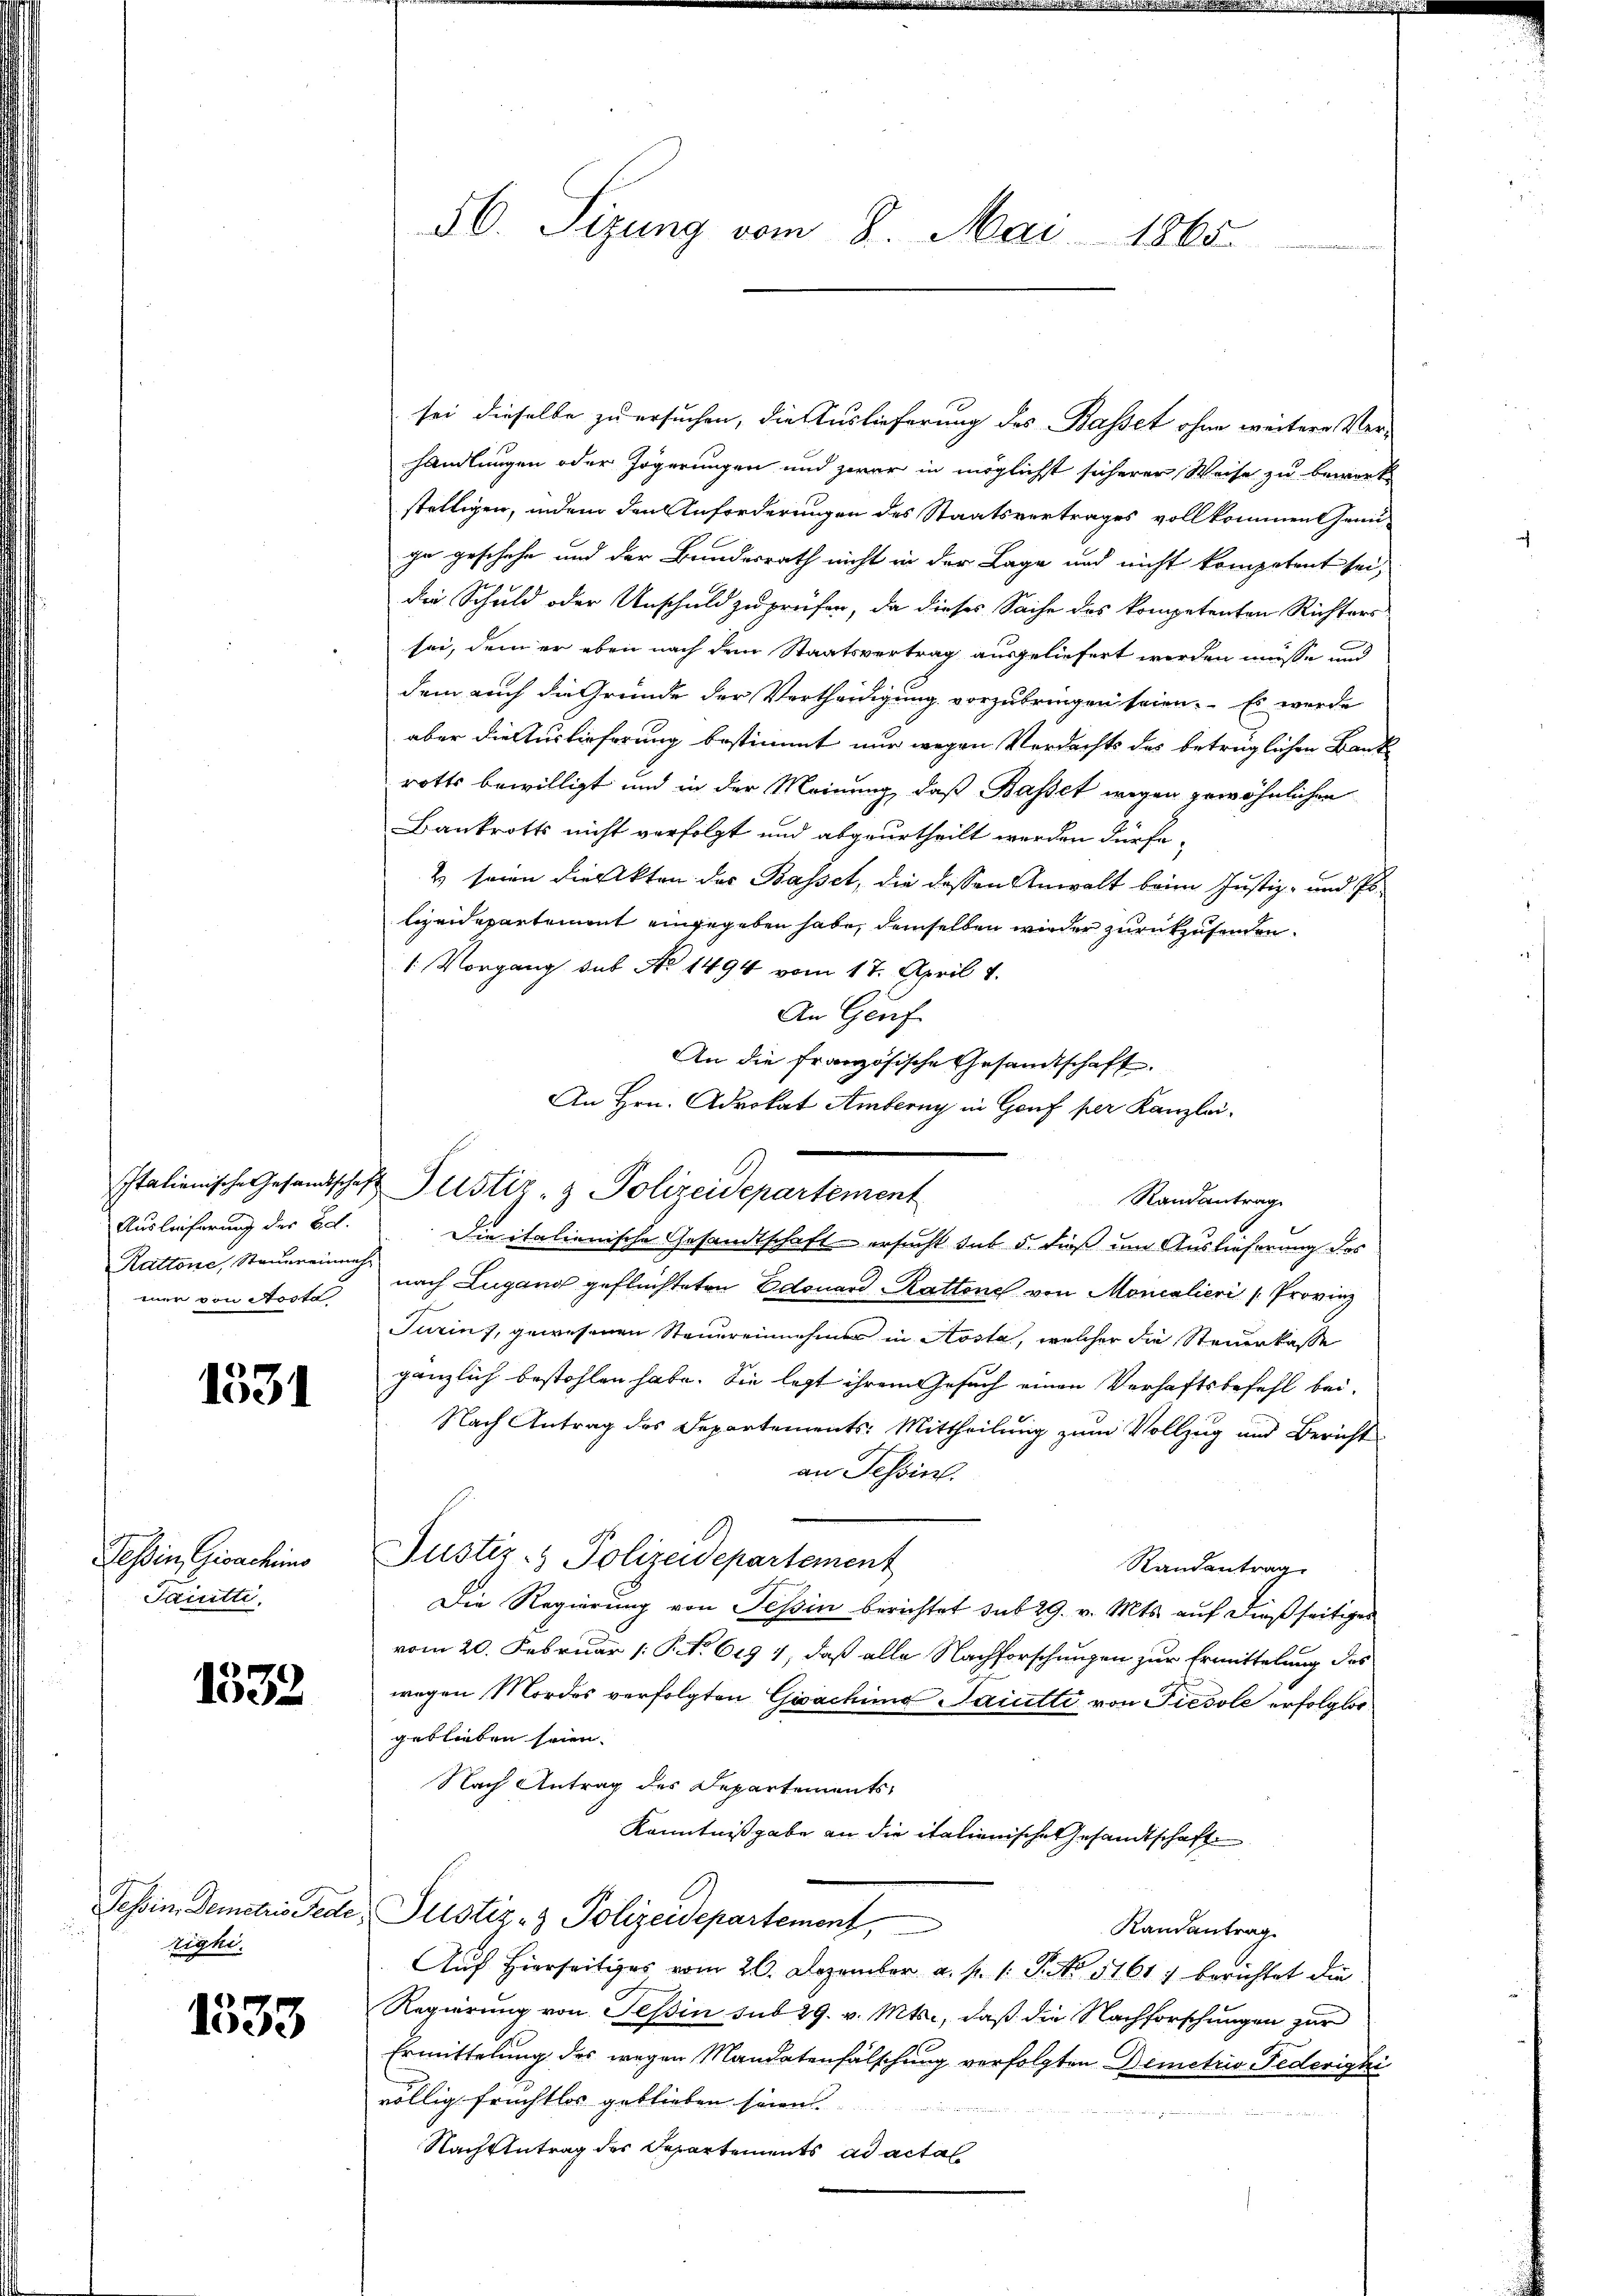
Auslieferung der Ed.
Rattone, Staum einmehr

1331

Tessin, Gioachims
Jauitti

1332

Tessin, Demetris Tede
righi

1333

56. Sizung vom 8. Mai 1865.

sei dieselbe zu ersuchen, die Auslieferung des Basset ohne weitere Vorhandlungen oder Zögerungen und zwar in möglichst sicherer Weise zu bewort
stelligen, indem den Anforderungen des Staatsvertrages vollkommen Genü-
ihn geschehe und der Bundesrath nicht in der Lage und nicht kompetent sei,
die Schuld oder Unschuld zu prüfen, da dieses Sache des kompetenten Richters
sei, dem er eben nach dem Staatsvertrag ausgeliefert werden müsse und
dem auch die Grunde der Vertheidigung vorzubringen seien. Es werde
aber die Auslieferung bestimmt nur wegen Verdachts des betrüglichen Bankrotts bewilligt und in der Meinung, daß Basset wegen gewöhnlichen
Bankrotts nicht verfolgt und abgeurtheilt werden dürfe.
2 seien die Akten der Basset, die dessen Anwalt beim Justiz- und Polizeidepartement eingegeben habe, demselben wieder zurückzusenden.
1: Vorgang sub No 1494 vom 17. April 1.
An Genf
An die französische Gesandtschaft
An Hrn. Advokat Amberny in Genf per Kanzlei-
Die italienische Gesandtschaft ersucht das 5. dieß um Auslieferung des
mer von Aosta, nach Lugang geflüchteten Edouard Rattone von Monialieri (Provinz
Turin, gewesenen Steuereinnehmer in Kosta, welcher die Steuerkasse
gänzlich bestohlen habe. Sie legt ihrem Gesuch einen Verhaftsbefehl bei-
Nach Antrag des Departements-Mittheilung zum Vollzug und Bericht
an Tessin.
Justiz- & Polizeidepartement
Randantrag
Die Regierung von Tessin berichtet sub 29. v. Mts. auf dießseitiges
vom 20. Februar 1: P. N. 619 1, daß alle Nachforschungen zur Ermittelung des
wegen Mordes verfolgten Giachina Saiutti von Tiesole erfolglosgeblieben seien.
Nach Antrag des Departements
Kenntnißgabe an die italienische Gesandtschaft
Justiz- & Polizeidepartement,
Randantrag
Auch hierseitiges vom 26. Dezember a. p. 1. P. No. 5161. berichtet die
Regierung von Tessin sub 29. v. Mts., daß die Nachforschungen zur
Ermittelung des wegen Mandatenfälschung verfolgten Demetris Federigki
völlig früchtlos geblieben seien
Nach Antrag des Departements ad actal

Italienische Gesandtschaft Pustiz- & Polizeidepartement

Randantrag